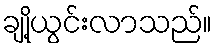
ချို့ယွင်းလာသည်။